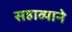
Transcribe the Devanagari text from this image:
सहाव्याने